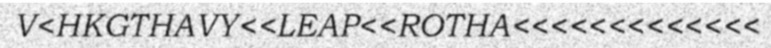
V<HKGTHAVY<<LEAP<<ROTHA<<<<<<<<<<<<<